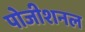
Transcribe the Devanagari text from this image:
पोजीशनल